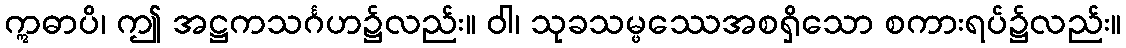
ဣဓာပိ၊ ဤ အဋ္ဌကသင်္ဂဟ၌လည်း။ ဝါ၊ သုခသမ္ဖဿေအစရှိသော စကားရပ်၌လည်း။